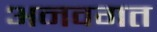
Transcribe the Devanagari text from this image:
अनवगत